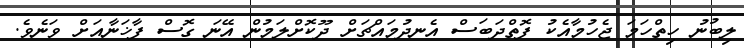
ލިބުނު ހިތްހަމަ ޖެހުމާއެކު ފޮތްދަބަސް އެނދުމައްޗަށް ދޫކޮށްލަމުން އޭނަ ގޮސް ފާޚަނާއަށް ވަނެވެ.